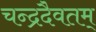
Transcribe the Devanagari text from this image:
चन्द्रदैवतम्